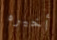
أخيره